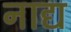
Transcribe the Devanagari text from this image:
नाद्य